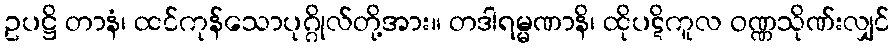
ဥပဋ္ဌိ တာနံ၊ ထင်ကုန်သောပုဂ္ဂိုလ်တို့အား။ တဒါရမ္မဏာနိ၊ ထိုပဋိကူလ ဝဏ္ဏသိုဏ်းလျှင်